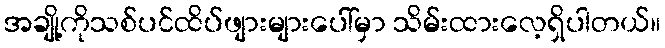
အချို့ကိုသစ်ပင်ထိပ်ဖျားများပေါ်မှာ သိမ်းထားလေ့ရှိပါတယ်။